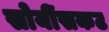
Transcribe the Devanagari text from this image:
सोयींसकट